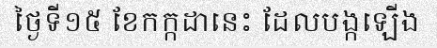
ថ្ងៃទី១៥ ខែកក្កដានេះ ដែលបង្កឡើង